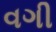
વગી